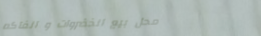
محل بيع الخضروات و الفاكه